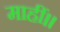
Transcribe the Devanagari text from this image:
माहीं।।